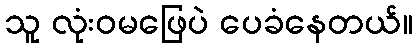
သူ လုံးဝမဖြေပဲ ပေခံနေတယ်။